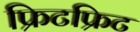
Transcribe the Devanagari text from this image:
फ्रिटफ्रिट